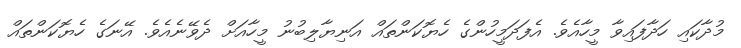
މުދާކައި ހަދާފައިވާ މީހާއެވެ. އެފަދަމީހުންގެ ހެޔޮކަންތައް އަނިޔާލިބުނު މީހާއަށް ދެވޭނެއެވެ. އޭނަގެ ހެޔޮކަންތައް